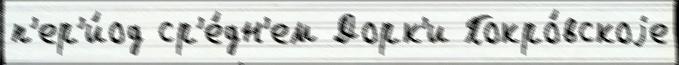
п'ер'и́од ср'е́дн'ем Дорк'и Покро́вскоjе